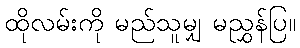
ထိုလမ်းကို မည်သူမျှ မညွှန်ပြ။